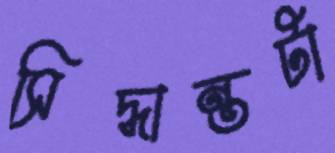
সিদ্ধান্তটা